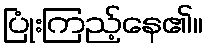
ပြုံးကြည့်နေ၏။